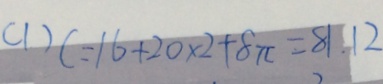
( 1 ) C = 1 6 + 2 0 \times 2 + 8 \pi = 8 1 . 1 2